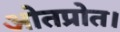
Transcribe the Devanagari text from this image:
ओतप्रोत।